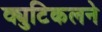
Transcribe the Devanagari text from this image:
क्युटिकलने